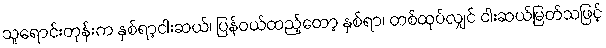
သူရောင်းတုန်းက နှစ်ရာ့ငါးဆယ်၊ ပြန်ဝယ်ထည့်တော့ နှစ်ရာ၊ တစ်ထုပ်လျှင် ငါးဆယ်မြတ်သဖြင့်